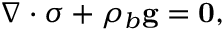
\nabla \cdot \boldsymbol { \sigma } + \rho _ { b } \mathbf { g } = \mathbf { 0 } ,